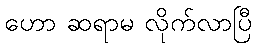
ဟော ဆရာမ လိုက်လာပြီ